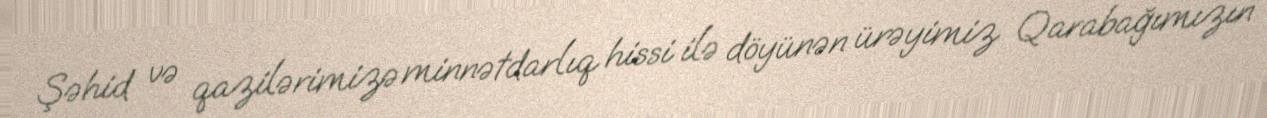
Şəhid və qazilərimizə minnətdarlıq hissi ilə döyünən ürəyimiz Qarabağımızın